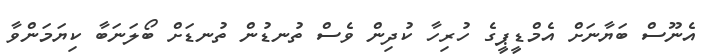
އެނޫސް ބަޔާނަށް އެމްޑީޕީގެ ހުރިހާ ކުދިން ވެސް ތުނޑުން ތުނޑަށް ބޯލަނަބާ ކިޔަމަންވާ